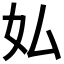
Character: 𫰇